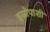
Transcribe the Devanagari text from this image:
इस्रोपाशी